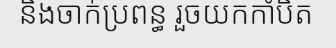
និងចាក់ប្រពន្ធ រួចយកកាំបិត